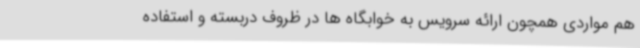
هم مواردی همچون ارائه سرویس به خوابگاه ها در ظروف دربسته و استفاده